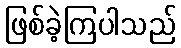
ဖြစ်ခဲ့ကြပါသည်